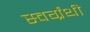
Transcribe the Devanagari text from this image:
स्वर्ग्रंथी